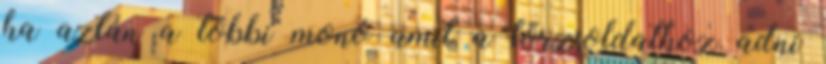
ha aztán a többi monó amit a törzsoldathoz adni